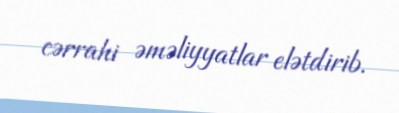
cərrahi əməliyyatlar elətdirib.